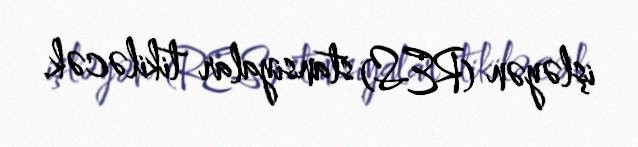
işləyən (RES) stansiyalar tikiləcək.